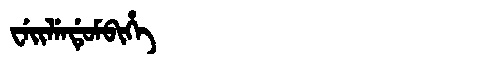
Manchu: ᠸᡝᡳᠯᡝᠨᡩᡠᠮᠪᡳᡥᡝ
Romanization: WEILENDUMBIHE